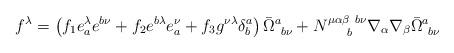
LaTeX: \begin{align*}f^\lambda = \left(f_1 e_a^\lambda e^{b \nu}+ f_2 e^{b \lambda} e^\nu_a+ f_3 g^{\nu \lambda} \delta^a_b \right)\bar{\Omega}^a_{~b \nu}+ N^{\mu \alpha \beta ~ b \nu}_{~~~~b}\nabla_\alpha \nabla_\beta \bar{\Omega}^a_{~b \nu}\end{align*}